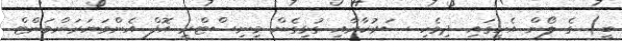
ބީ) ގެ ލޯން އެހީގައި ދިވެހި ސަރުކާރާއި ގުޅިގެން މިނިސްޓްރީ އޮފް އެންވަޔަރަންމަންޓް